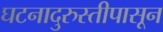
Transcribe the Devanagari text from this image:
घटनादुरुस्तीपासून